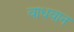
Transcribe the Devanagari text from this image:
वाधवान